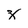
Character: z